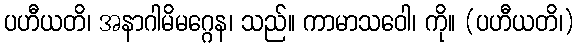
ပဟီယတိ၊ အနာဂါမိမဂ္ဂေန၊ သည်။ ကာမာသဝေါ၊ ကို။ (ပဟီယတိ၊)